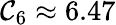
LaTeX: \mathcal{C}_{6}\approx6.47